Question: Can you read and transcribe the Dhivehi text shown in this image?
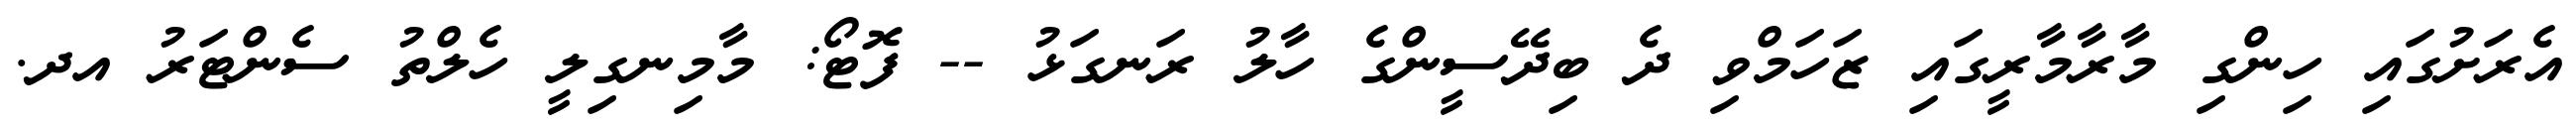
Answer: އެރަށުގައި ހިންގި މާރާމާރީގައި ޒަހަމްވި ދެ ބިދޭސީންގެ ހާލު ރަނގަޅު -- ފޮޓޯ: މާމިނގިލީ ހެލްތު ސެންޓަރު އދ.